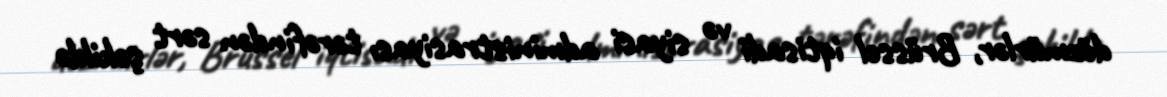
dözmürlər, Brüssel iqtisadi və siyasi administrasiyası tərəfindən sərt şəkildə